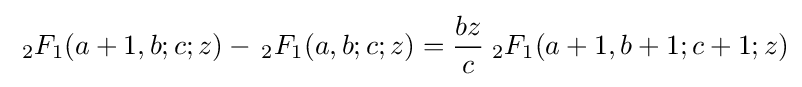
\;{}_{2}F_{1}(a+1,b;c;z)-\,{}_{2}F_{1}(a,b;c;z)={\frac {bz}{c}}\;{}_{2}F_{1}(a+1,b+1;c+1;z)